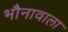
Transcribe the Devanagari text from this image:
भौनावाला